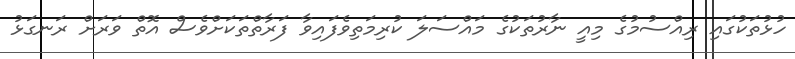
ހުޅުތަކުގައި ރިއްސުމުގެ މިއީ ނާރުތަކުގެ މައްސަލަ ކުރިމަތިވެފައިވާ ފަރާތްތަކަށްވެސް އޮތް ވަރަށް ރަނގަޅު